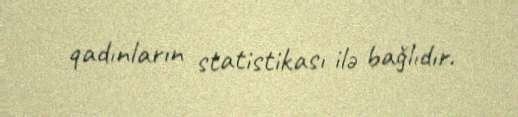
qadınların statistikası ilə bağlıdır.